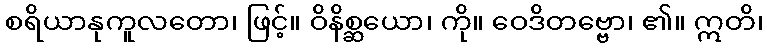
စရိယာနုကူလတော၊ ဖြင့်။ ဝိနိစ္ဆယော၊ ကို။ ဝေဒိတဗ္ဗော၊ ၏။ ဣတိ၊